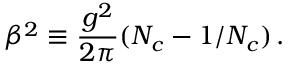
\beta ^ { 2 } \equiv \frac { g ^ { 2 } } { 2 \pi } ( N _ { c } - 1 / N _ { c } ) \, .